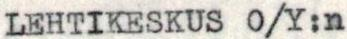
LEHTIKESKUS O/Y:n